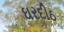
ઘરદીઠ